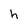
Character: h